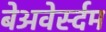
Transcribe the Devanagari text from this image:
बेअवेर्स्दम